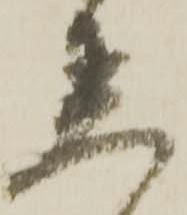
着